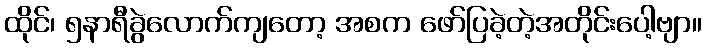
ထိုင်၊ ၅နာရီခွဲလောက်ကျတော့ အစက ဖော်ပြခဲ့တဲ့အတိုင်းပေါ့ဗျာ။